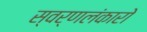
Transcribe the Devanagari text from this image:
स्वर्णलंकारो